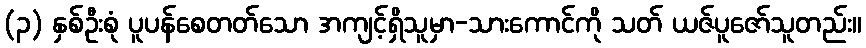
(၃) နှစ်ဦးစုံ ပူပန်စေတတ်သော အကျင့်ရှိသူမှာ-သားကောင်ကို သတ် ယဇ်ပူဇော်သူတည်း။